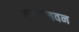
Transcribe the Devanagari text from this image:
मुधालवन